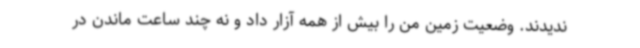
ندیدند. وضعیت زمین من را بیش از همه آزار داد و نه چند ساعت ماندن در